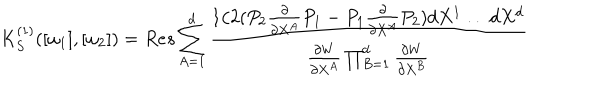
LaTeX: K _ { S } ^ { ( 1 ) } ( [ \omega _ { 1 } ] , [ \omega _ { 2 } ] ) = R e s \sum _ { A = 1 } ^ { d } \frac { 1 / 2 ( P _ { 2 } { \frac { \partial } { \partial X ^ { A } } } P _ { 1 } - P _ { 1 } { \frac { \partial } { \partial X ^ { A } } } P _ { 2 } ) d X ^ { 1 } \ldots d X ^ { d } } { \frac { \partial W } { \partial X ^ { A } } \prod _ { B = 1 } ^ { d } \frac { \partial W } { \partial X ^ { B } } }